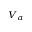
\scriptstyle { V _ { a } }